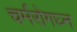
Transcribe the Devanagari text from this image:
चर्मरोगघ्न